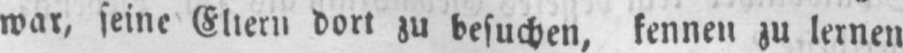
war, sein Eltern dort zu besuchen, kennen zu lernen